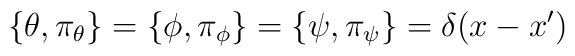
\{\theta, \pi_{\theta}\} = \{\phi,\pi_{\phi}\} = \{\psi, \pi_{\psi}\} = \delta(x -x')